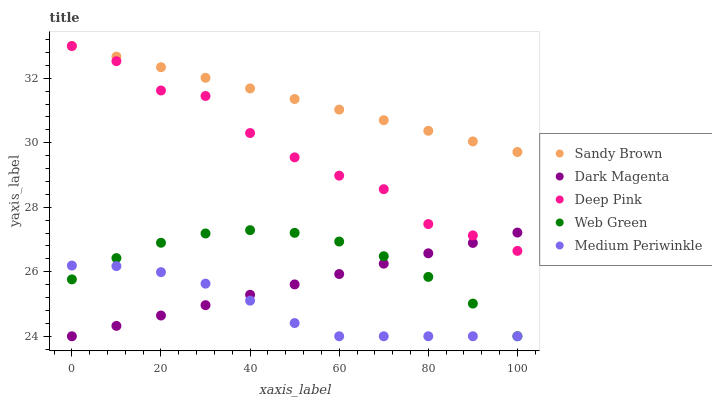
| xaxis_label | Sandy Brown | Dark Magenta | Deep Pink | Web Green | Medium Periwinkle |
 | --- | --- | --- | --- | --- | --- |
 | 0 | 33 | 24 | 33 | 25.8 | 26.2 |
 | 10 | 32.7 | 24.3 | 32.5 | 26.4 | 26.2 |
 | 20 | 32.3 | 24.6 | 31.6 | 26.9 | 26 |
 | 30 | 32 | 25 | 31.5 | 27.2 | 25.6 |
 | 40 | 31.7 | 25.3 | 30.3 | 27.3 | 25.1 |
 | 50 | 31.4 | 25.6 | 29.5 | 27.2 | 24.4 |
 | 60 | 31 | 25.9 | 29 | 26.9 | 24 |
 | 70 | 30.7 | 26.3 | 28.6 | 26.5 | 24 |
 | 80 | 30.4 | 26.6 | 27.5 | 25.8 | 24 |
 | 90 | 30 | 26.9 | 27.1 | 25 | 24 |
 | 100 | 29.7 | 27.2 | 26.6 | 24 | 24 |